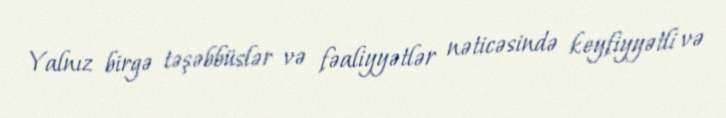
Yalnız birgə təşəbbüslər və fəaliyyətlər nəticəsində keyfiyyətli və